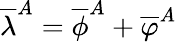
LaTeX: \overline{{{\lambda}}}^{A}=\overline{{{\phi}}}^{A}+\overline{{{\varphi}}}^{A}